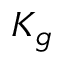
K _ { g }